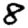
Digit: 8